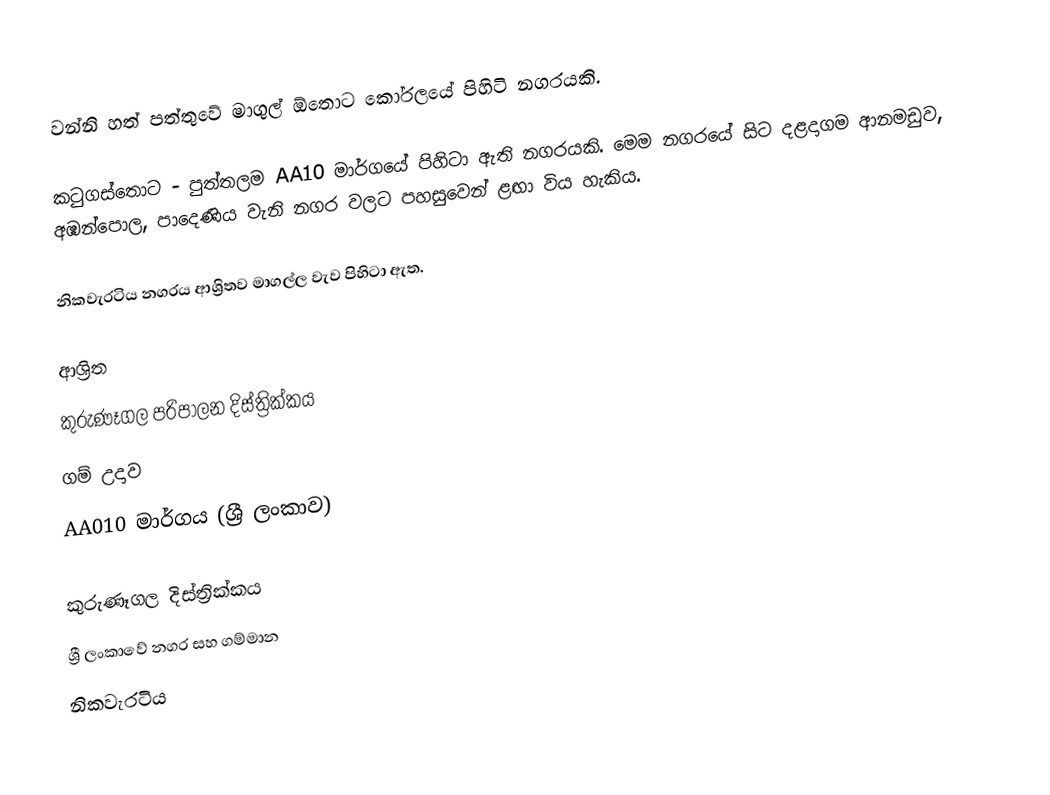
වන්නි හත් පත්තුවේ මාගුල්  ඕතොට කෝරලයේ පිහිටි නගරයකි.

කටුගස්තොට - පුත්තලම  AA10 මාර්ගයේ පිහිටා ඇති නගරයකි. මෙම නගරයේ සිට දළදාගම ආනමඩුව, අඹන්පොල, පාදෙණිය වැනි නගර වලට පහසුවෙන් ළඟා විය හැකිය.

නිකවැරටිය නගරය ආශ්‍රිතව මාගල්ල වැව පිහිටා ඇත.

ආශ්‍රිත
 කුරුණෑගල පරිපාලන දිස්ත්‍රික්කය
 ගම් උදාව
 AA010 මාර්ගය (ශ්‍රී ලංකාව)

කුරුණෑගල දිස්ත්‍රික්කය
ශ්‍රී ලංකාවේ නගර සහ ගම්මාන
නිකවැරටිය